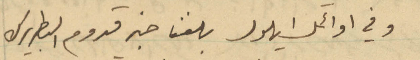
وفي اوئل أيلول بلغنا خبر قدوم البطريرك